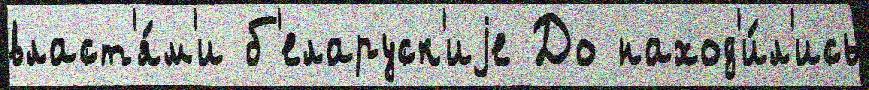
власт'я́м'и б'еларуск'иjе До наход'и́л'ись